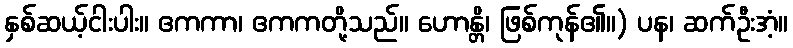
နှစ်ဆယ့်ငါးပါး။ ဧကကာ၊ ဧကကတို့သည်။ ဟောန္တိ၊ ဖြစ်ကုန်၏။) ပန၊ ဆက်ဦးအံ့။